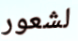
لشعور